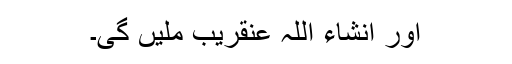
اور انشاء اللہ عنقریب ملیں گی۔